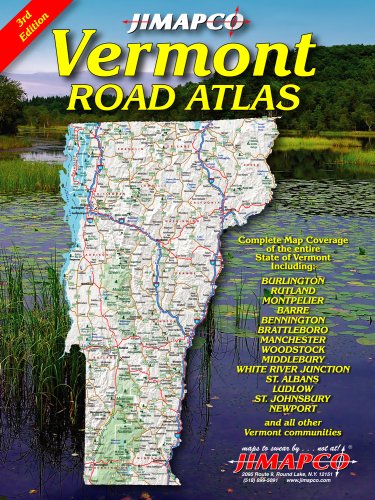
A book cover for Vermont Road Atlas; JIMAPCO Inc; Travel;